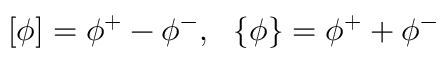
\left[ \phi \right] = \phi ^ { + } - \phi ^ { - } , ~ ~ \left\{ \phi \right\} = \phi ^ { + } + \phi ^ { - }